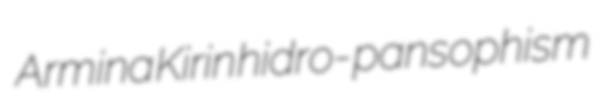
Armina Kirin hidro- pansophism